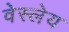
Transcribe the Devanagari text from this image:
वेस्लेय